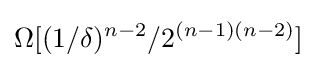
\Omega [(1/\delta )^{n-2}/2^{(n-1)(n-2)}]